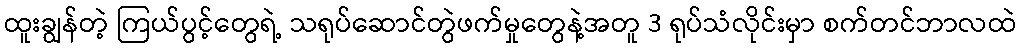
ထူးချွန်တဲ့ ကြယ်ပွင့်တွေရဲ့ သရုပ်ဆောင်တွဲဖက်မှုတွေနဲ့အတူ 3 ရုပ်သံလိုင်းမှာ စက်တင်ဘာလထဲ